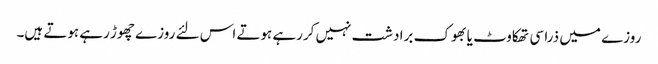
روزے میں ذرا سی تھکاوٹ یا بھوک برادشت نہیں کررہے ہوتے اس لئے روزے چھوڑ رہے ہوتے ہیں۔